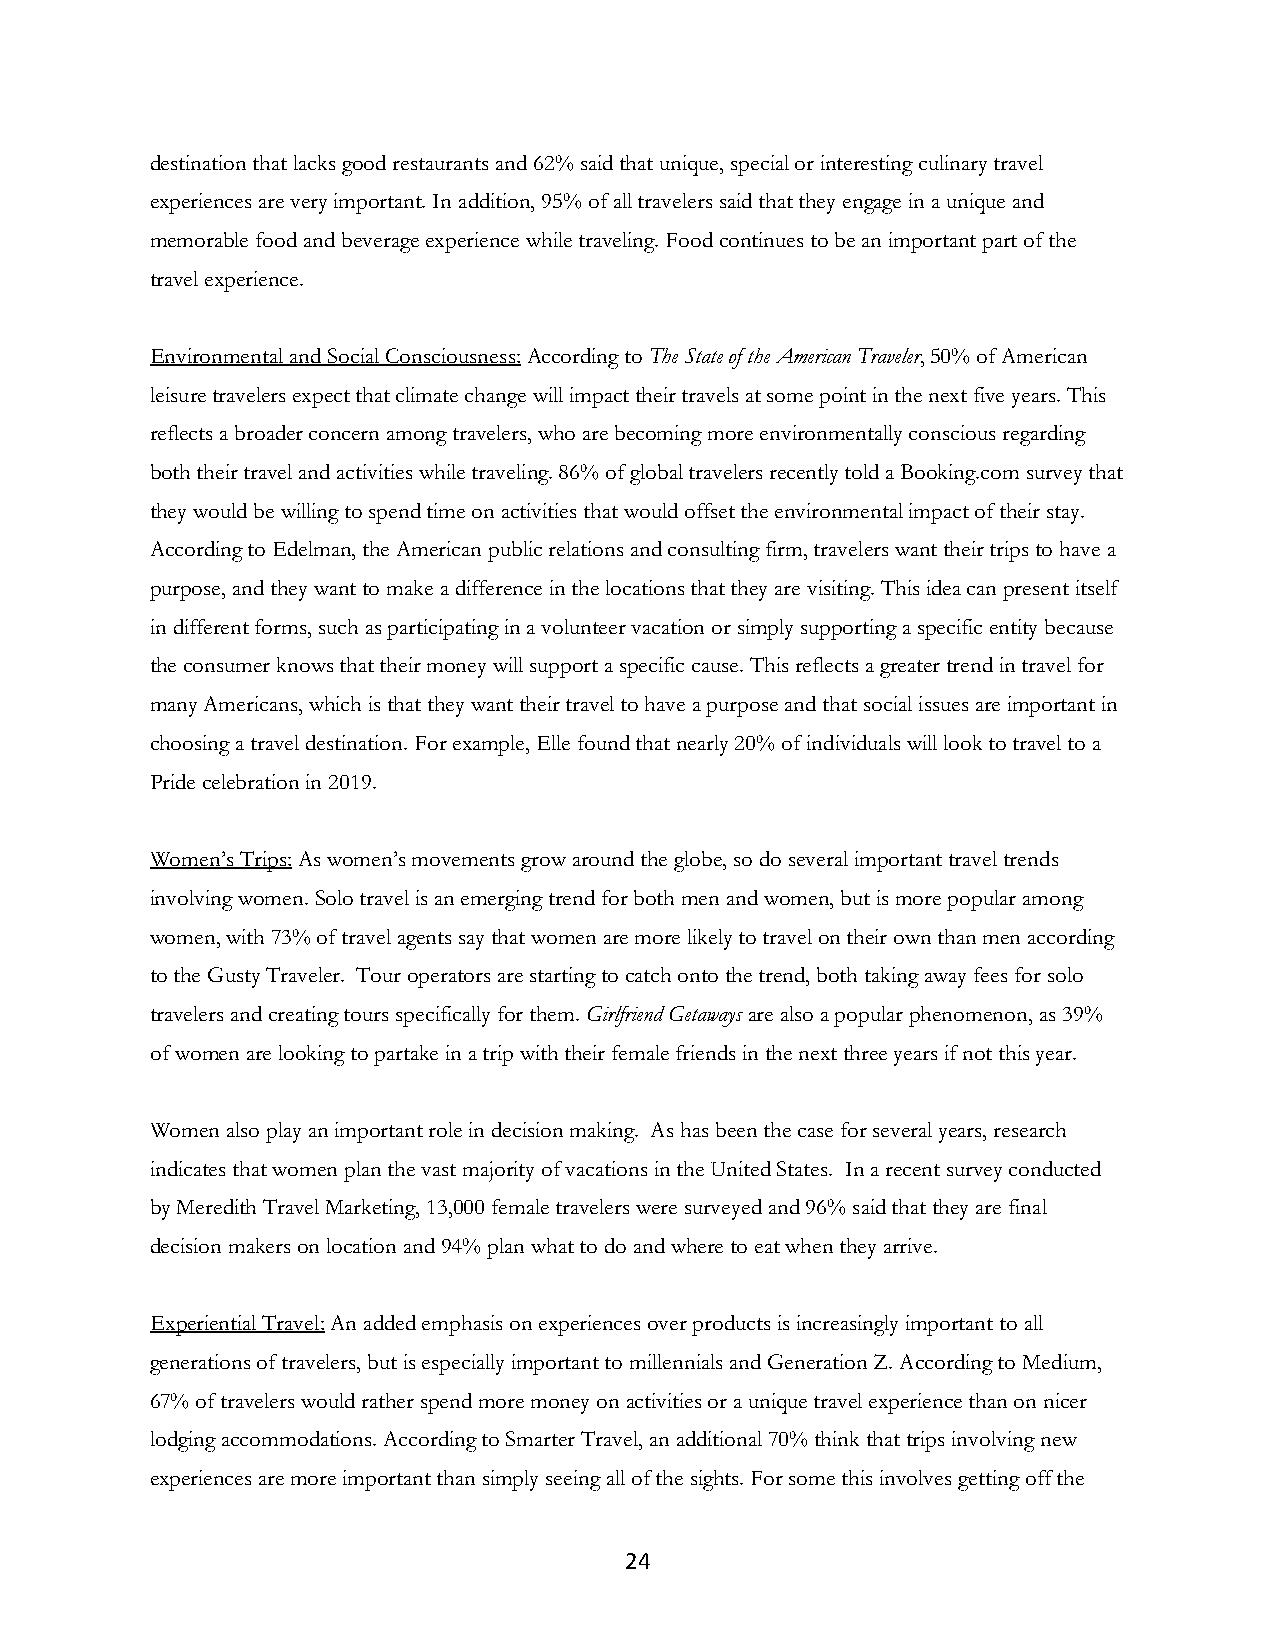
destination that lacks good restaurants and 62% said that unique, special or interesting culinary travel
 experiences are very important. In addition, 95% of all travelers said that they engage in a unique and
 memorable food and beverage experience while traveling. Food continues to be an important part of the
 travel experience.
 Environmental and Social Consciousness: According to The State of the American Traveler, 50% of American
 leisure travelers expect that climate change will impact their travels at some point in the next five years. This
 reflects a broader concern among travelers, who are becoming more environmentally conscious regarding
 both their travel and activities while traveling. 86% of global travelers recently told a Booking.com survey that
 they would be willing to spend time on activities that would offset the environmental impact of their stay.
 According to Edelman, the American public relations and consulting firm, travelers want their trips to have a
 purpose, and they want to make a difference in the locations that they are visiting. This idea can present itself
 in different forms, such as participating in a volunteer vacation or simply supporting a specific entity because
 the consumer knows that their money will support a specific cause. This reflects a greater trend in travel for
 many Americans, which is that they want their travel to have a purpose and that social issues are important in
 choosing a travel destination. For example, Elle found that nearly 20% of individuals will look to travel to a
 Pride celebration in 2019.
 Women’s Trips: As women’s movements grow around the globe, so do several important travel trends
 involving women. Solo travel is an emerging trend for both men and women, but is more popular among
 women, with 73% of travel agents say that women are more likely to travel on their own than men according
 to the Gusty Traveler. Tour operators are starting to catch onto the trend, both taking away fees for solo
 travelers and creating tours specifically for them. Girlfriend Getaways are also a popular phenomenon, as 39%
 of women are looking to partake in a trip with their female friends in the next three years if not this year.
 Women also play an important role in decision making. As has been the case for several years, research
 indicates that women plan the vast majority of vacations in the United States. In a recent survey conducted
 by Meredith Travel Marketing, 13,000 female travelers were surveyed and 96% said that they are final
 decision makers on location and 94% plan what to do and where to eat when they arrive.
 Experiential Travel: An added emphasis on experiences over products is increasingly important to all
 generations of travelers, but is especially important to millennials and Generation Z. According to Medium,
 67% of travelers would rather spend more money on activities or a unique travel experience than on nicer
 lodging accommodations. According to Smarter Travel, an additional 70% think that trips involving new
 experiences are more important than simply seeing all of the sights. For some this involves getting off the
 24